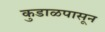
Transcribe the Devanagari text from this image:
कुडाळपासून